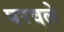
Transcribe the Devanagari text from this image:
परवले